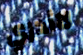
لاأدري